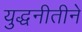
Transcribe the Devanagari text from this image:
युद्धनीतीने